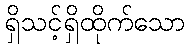
ရှိသင့်ရှိထိုက်သော